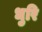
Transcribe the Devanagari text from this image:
धुरि